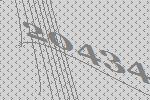
20434